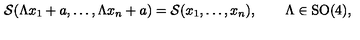
{ \cal S } ( \Lambda x _ { 1 } + a , \dots , \Lambda x _ { n } + a ) = { \cal S } ( x _ { 1 } , \dots , x _ { n } ) , \qquad \Lambda \in \mathrm { S O } ( 4 ) ,